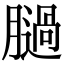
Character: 膼